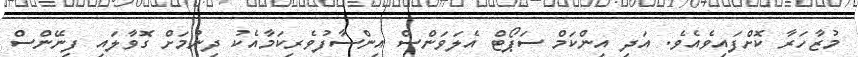
މުޒާހަރާ ކޮށްފައިވެއެވެ. އަދި އިންކަމް ސަޕޯޓް އެލަވަންސް އިންސާފުވެރިކަމާއެކު ދިނުމަށް ގޮވާލައި ފިނޭންސް